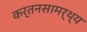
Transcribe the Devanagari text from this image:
कर्तनसामर्थ्य